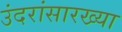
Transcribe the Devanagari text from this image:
उंदरांसारख्या